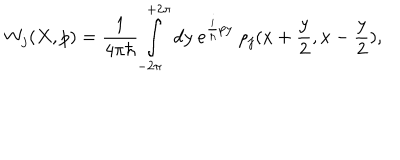
LaTeX: W _ { j } ( X , p ) = \frac { 1 } { 4 \pi \hbar } \int _ { - 2 \pi } ^ { + 2 \pi } d y ~ e ^ { { \frac { i } { \hbar } } p y } ~ \rho _ { j } ( x + { \frac { y } { 2 } } , x - { \frac { y } { 2 } } ) ,